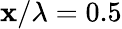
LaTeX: \mathbf{x}/\lambda=0.5